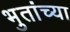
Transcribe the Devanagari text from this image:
भुतांच्या